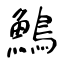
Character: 鷠